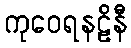
ကုဝေရနဠိနီ